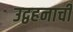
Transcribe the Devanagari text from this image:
उद्वहनाची